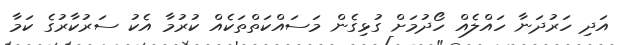
އަދި ހަރުދަނާ ހައްލެއް ހޯދުމަށް ގުޅިގެން މަސައްކަތްތަކެއް ކުރުމާ އެކު ސަރުކާރުގެ ކަމާ